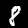
Digit: 8